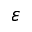
\varepsilon